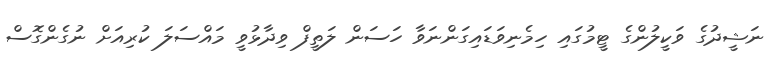
ނަޝީދުގެ ވަކީލުންގެ ޓީމުގައި ހިމެނިވަޑައިގަންނަވާ ހަސަން ލަތީފް ވިދާޅުވީ މައްސަލަ ކުރިއަށް ނުގެންގޮސް